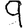
Digit: 9